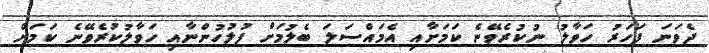
ދެވަނަ ފަހަރު ހަވާލު ނުކުރެވޭނެ ކަމަށާއި އެމައްސަލަ ބެލުމަށް ފުލުހުންނާއި ހަވާލުކުރެވޭނެ ކަމަށް